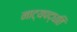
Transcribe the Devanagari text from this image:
नाट्यपद्धति